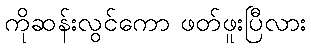
ကိုဆန်းလွင်ကော ဖတ်ဖူးပြီလား